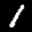
Label: 1